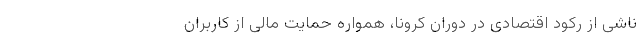
ناشی از رکود اقتصادی در دوران کرونا، همواره حمایت مالی از کاربران